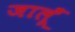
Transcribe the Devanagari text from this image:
जालूँ